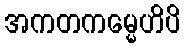
အကတကမ္မေဟိပိ